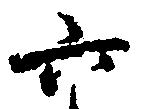
六